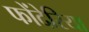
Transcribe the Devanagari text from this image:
फोंदेरिया